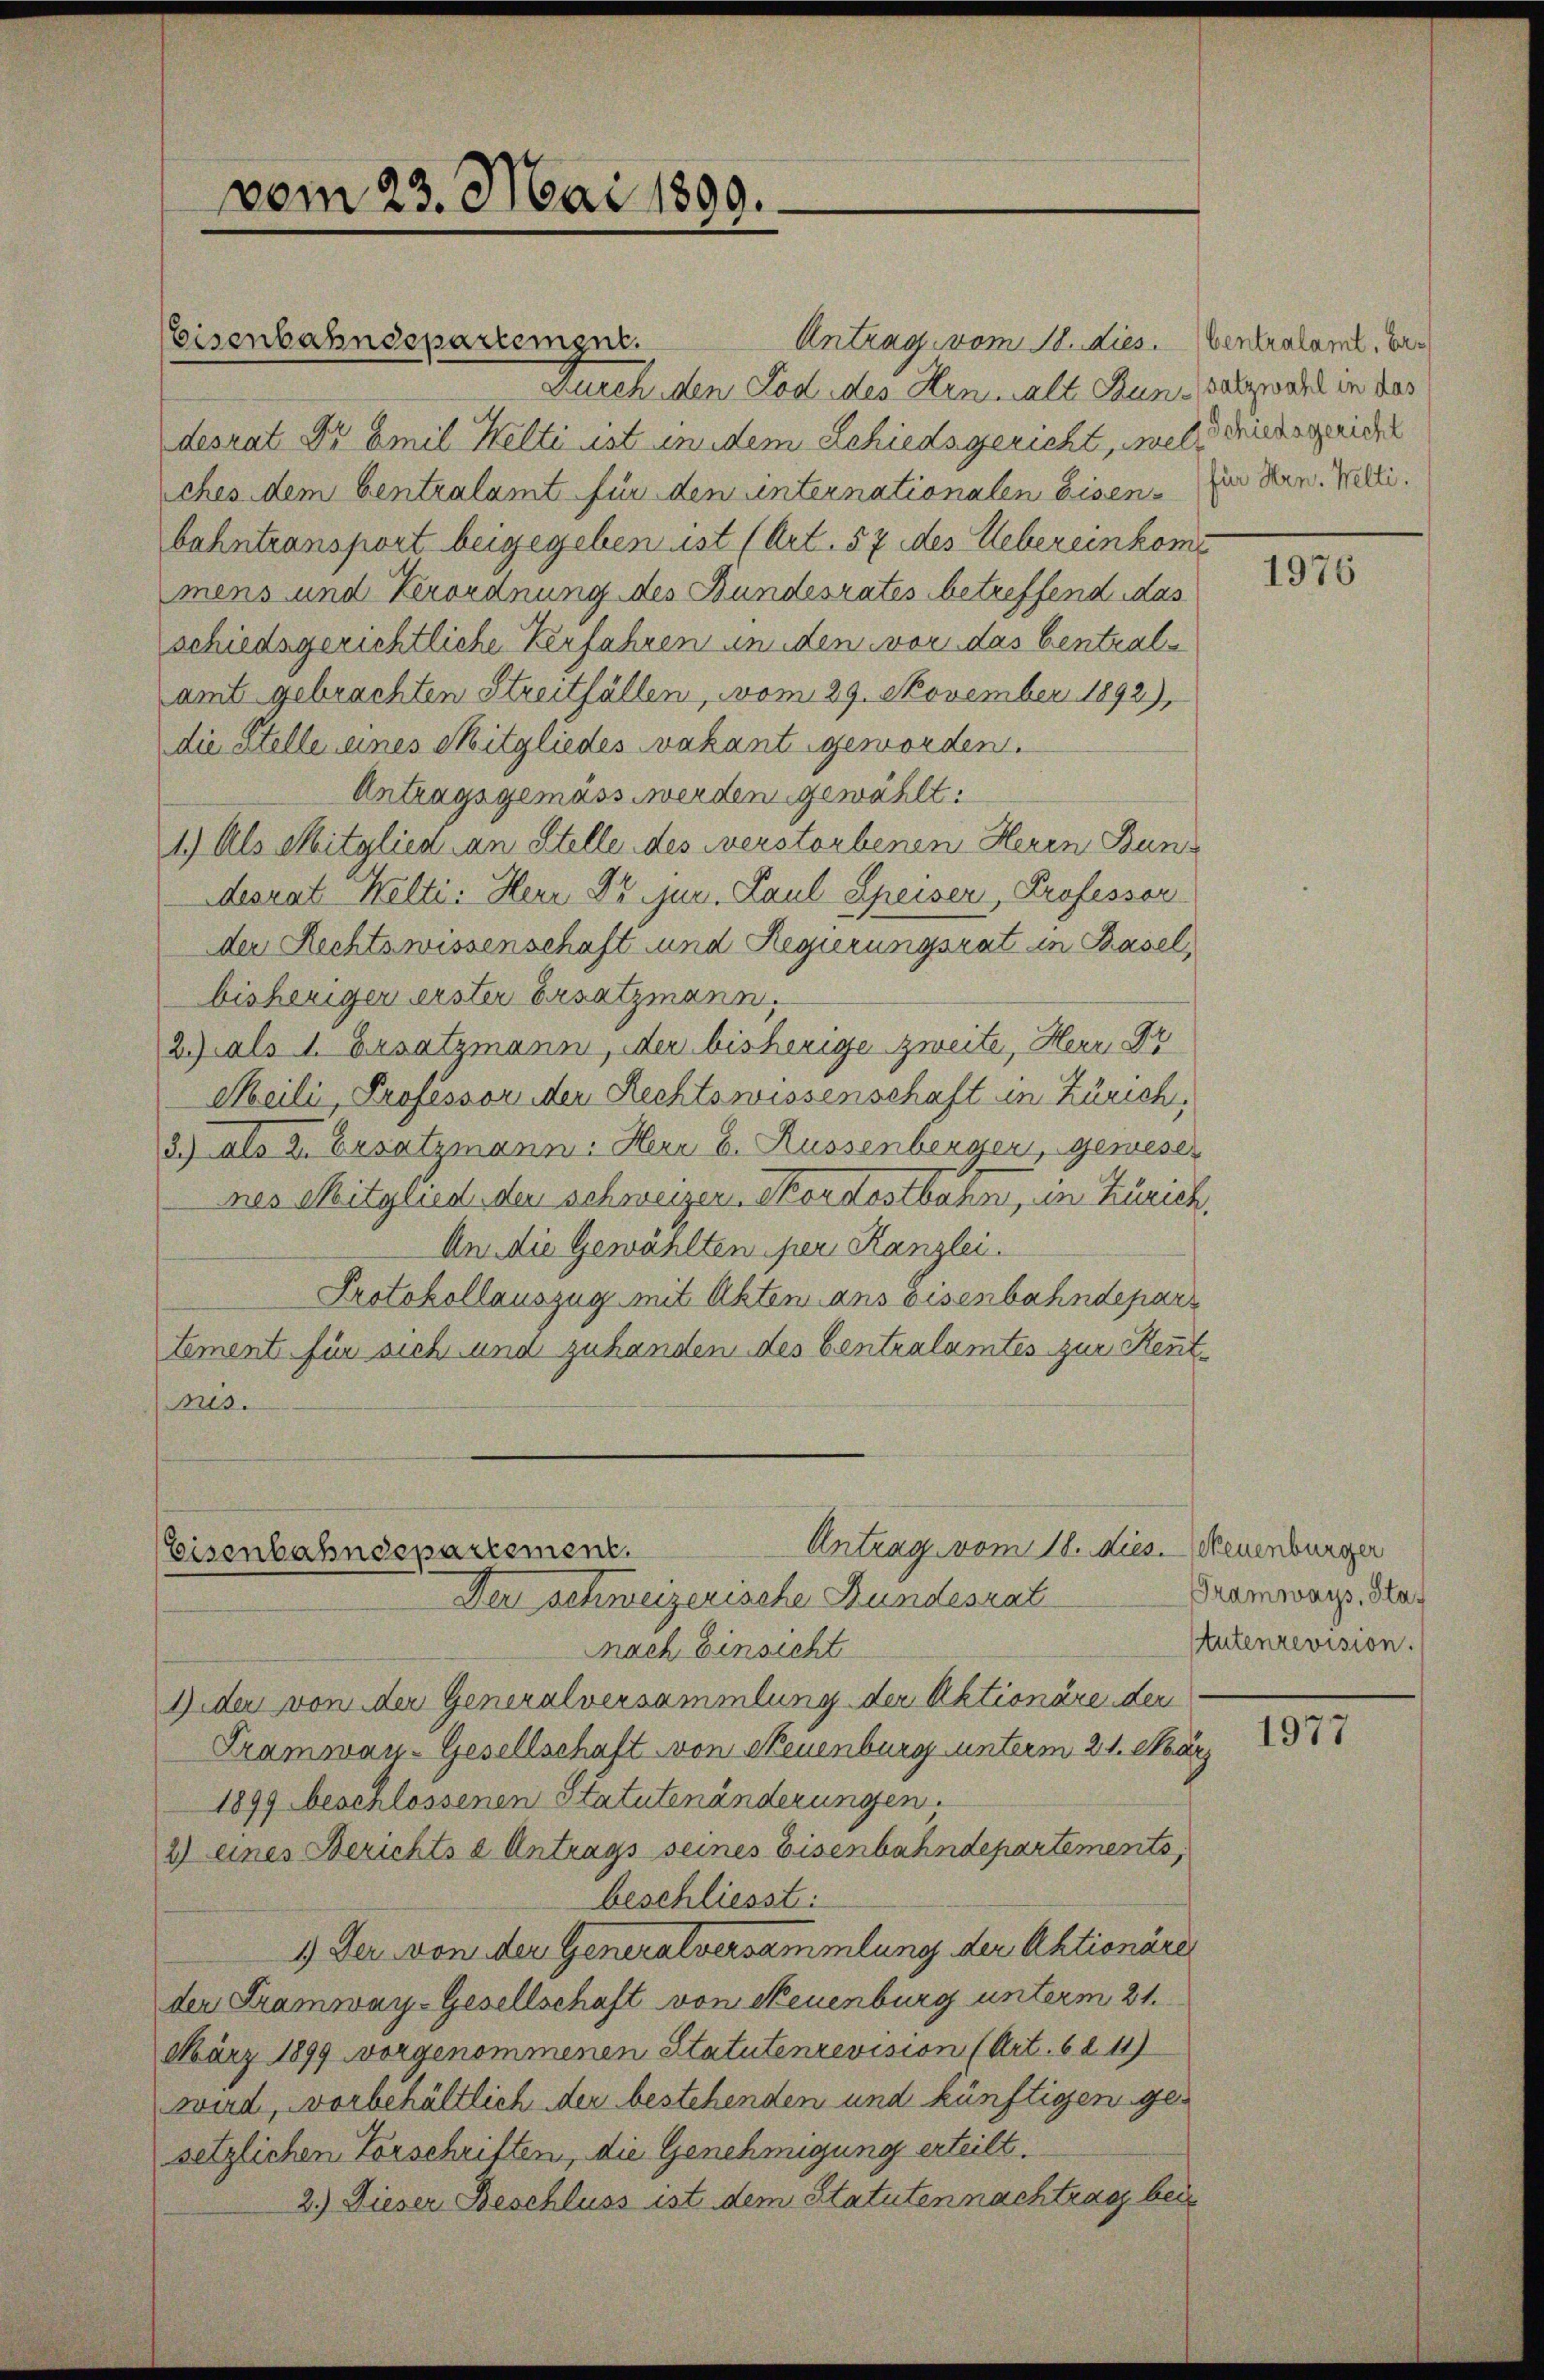
vom 23. Mai 1899.

Eisenbahndepartenger.

nach Einsicht
Jede von der Generalversammlung der Aktionäre der
Trammvan-Gesellschaft von Neuenburg unterm 21. März
1899 beschlossenen Statutenänderungen.
2) eines Berichts = Antrags seines Eisenbahndepartements,
beschliesst:
1) Der von der Generalversammlung der Aktionäre
der Tramway-Gesellschaft von Neuenburg unterm 21.
März 1899 vorgenommenen Statutenrevision (Art. 68 11)
wird, vorbehältlich der bestehenden und künftigen gesetzlichen Vorschriften, die Genehmigung erteilt.
2.) Dieser Beschluss ist dem Statuten nachtrag bei

Antrag vom 18. dies. Neuenburger
Eisenbahndepartement.
Der schweizerische Bundesrat

Antrag vom 18. dies. Ventralame. Er
Durch den Tod des Henwalt Dans salzwahl in des
desrat Dr Emil Welti ist in dem Schiedsgericht, welches dem Centralamt für den unternationalen Eisen. In den Welti.
bahntransport beigegeben ist (Art. 57 des Uebereinkomi
mens und Verordnung des Bundesrates betreffend das
schiedsgerichtliche Verfahren unden vor das Centralamt gebrachten Streitfällen, vom 29. November 1892),
die Stelle eines Mitgliedes vakant geworden.
Antragsgemäss werden gewählt:
1) Als Mitglied an Stelle des verstorbenen Herrn Bundesrat Welti: Herr Dr. jur. Paul Speiser, Professor
der Rechtswissenschaft und Regierungsrat in Basel,
bisheriger erster Ersatzmann.
2) als 1. Ersatzmann, der bisherige zweite, Herr Dr
Meili, Professor der Rechtswissenschaft in Zürich,
3.) als 2. Ersatzmann. Herr B. Russenberger, geweser
nes Mitglied den schweizer. Nordostbahn, in Zürich,
An die Gewählten per Kanzlei.
Protokollauszug mit Akten ans Eisenbahndepar
tement für sich und zuhanden des Centralamtes zur Rentrus.

Schiedsgericht

1976

Tramways, Staf
tutenrevision.

17